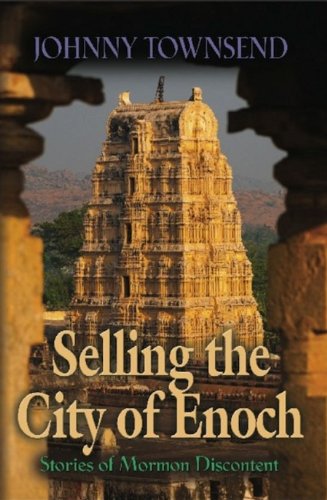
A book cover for Selling the City of Enoch; Johnny Townsend; Religion & Spirituality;